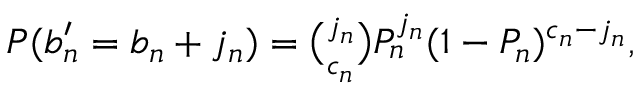
\begin{array} { r } { P ( b _ { n } ^ { \prime } = b _ { n } + j _ { n } ) = \binom { j _ { n } } { c _ { n } } P _ { n } ^ { j _ { n } } ( 1 - P _ { n } ) ^ { c _ { n } - j _ { n } } , } \end{array}